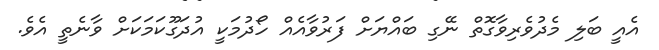
އެއީ ބަލި މެދުވެރިވާގޮތް ނޭގި ބައްޔަށް ފަރުވާއެއް ހޯދުމަކީ އުދަގޫކަމަކަށް ވާނެތީ އެވެ.